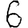
Digit: 6